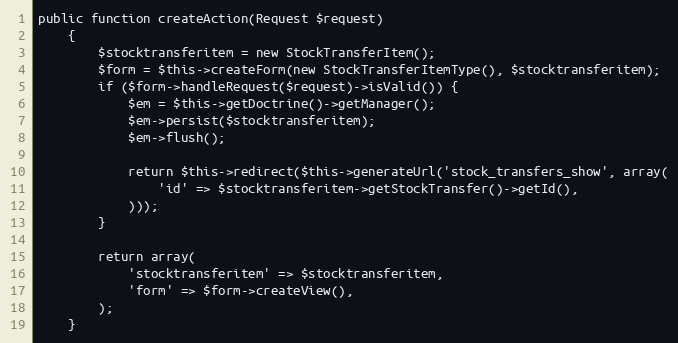
Language: PHP
public function createAction(Request $request)
    {
        $stocktransferitem = new StockTransferItem();
        $form = $this->createForm(new StockTransferItemType(), $stocktransferitem);
        if ($form->handleRequest($request)->isValid()) {
            $em = $this->getDoctrine()->getManager();
            $em->persist($stocktransferitem);
            $em->flush();

            return $this->redirect($this->generateUrl('stock_transfers_show', array(
                'id' => $stocktransferitem->getStockTransfer()->getId(),
            )));
        }

        return array(
            'stocktransferitem' => $stocktransferitem,
            'form' => $form->createView(),
        );
    }